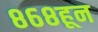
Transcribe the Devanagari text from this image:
८६८हून